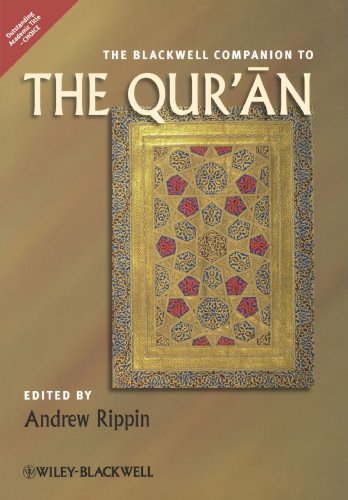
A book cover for The Blackwell Companion to the Qur'an; Religion & Spirituality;